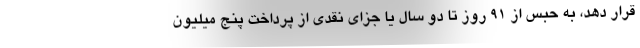
قرار دهد، به حبس از ۹۱ روز تا دو سال یا جزای نقدی از پرداخت پنج میلیون